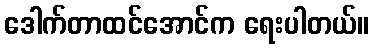
ဒေါက်တာထင်အောင်က ရေးပါတယ်။